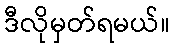
ဒီလိုမှတ်ရမယ်။